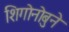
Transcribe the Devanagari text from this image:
शिगोनोबुने